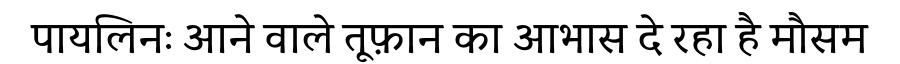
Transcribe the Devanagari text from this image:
पायलिनः आने वाले तूफ़ान का आभास दे रहा है मौसम